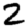
Digit: 2